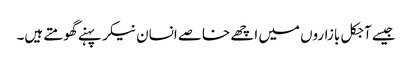
جیسے آجکل بازاروں میں اچھے خاصے انسان نیکر پہنے گھومتے ہیں۔